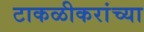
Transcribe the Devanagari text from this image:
टाकळीकरांच्या